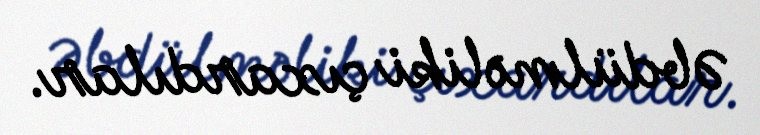
Əbdülməliki çıxardılar.